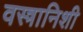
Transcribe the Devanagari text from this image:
वस्त्रानिशी